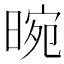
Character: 晼